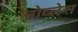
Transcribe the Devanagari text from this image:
नोव्लेस